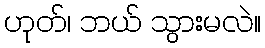
ဟုတ်၊ ဘယ် သွားမလဲ။